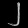
Digit: ၂